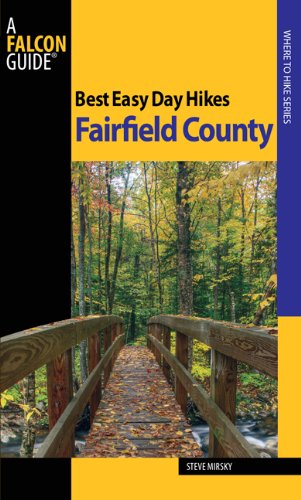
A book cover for Best Easy Day Hikes Fairfield County (Best Easy Day Hikes Series); Steve Mirsky; Travel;